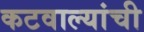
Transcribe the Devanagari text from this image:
कटवाल्यांची